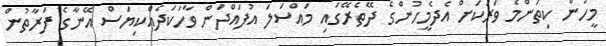
މީހުން ކިތަންމެ ވަރަކަށް އެދެމީހުންގެ ދޭތެރޭގައި މައްސަލަ އުފައްދަން ވާހަކަދެއްކިޔަސް އޭނާގެ ފަރާތުން